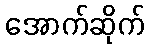
အောက်ဆိုက်